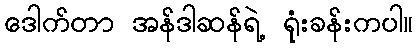
ဒေါက်တာ အန်ဒါဆန်ရဲ့ ရုံးခန်းကပါ။